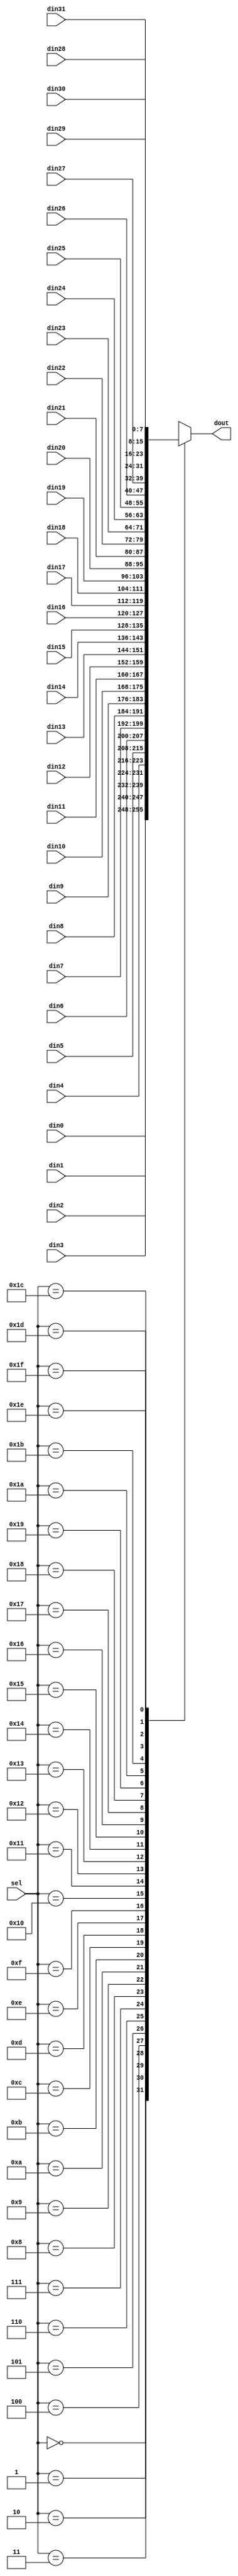
module mux_32to1(
	din0,
	din1,
	din2,
	din3,
	din4,
	din5, 
	din6,
	din7,
	din8,
	din9,
	din10,
	din11,
	din12,
	din13,
	din14,
	din15,
	din16,
	din17,
	din18,
	din19,
	din20,
	din21, 
	din22,
	din23,
	din24,
	din25,
	din26,
	din27,
	din28,
	din29,
	din30,
	din31,
	sel,
	dout
);

parameter N = 8;

input 	[N-1:0]		din0;
input 	[N-1:0]		din1;
input 	[N-1:0]		din2;
input 	[N-1:0]		din3;
input 	[N-1:0]		din4;
input 	[N-1:0]		din5;
input 	[N-1:0]		din6;
input 	[N-1:0]		din7;
input 	[N-1:0]		din8;
input 	[N-1:0]		din9;
input 	[N-1:0]		din10;
input 	[N-1:0]		din11;
input 	[N-1:0]		din12;
input 	[N-1:0]		din13;
input 	[N-1:0]		din14;
input 	[N-1:0]		din15;
input 	[N-1:0]		din16;
input 	[N-1:0]		din17;
input 	[N-1:0]		din18;
input 	[N-1:0]		din19;
input 	[N-1:0]		din20;
input 	[N-1:0]		din21;
input 	[N-1:0]		din22;
input 	[N-1:0]		din23;
input 	[N-1:0]		din24;
input 	[N-1:0]		din25;
input 	[N-1:0]		din26;
input 	[N-1:0]		din27;
input 	[N-1:0]		din28;
input 	[N-1:0]		din29;
input 	[N-1:0]		din30;
input 	[N-1:0]		din31;


input	[4:0]		sel;

output	[N-1:0]		dout;

reg		[N-1:0]		reg_dout;

always @(*)
	begin
		case(sel)
			5'd0:
			begin
				reg_dout = din0;
			end

			5'd1:
			begin
				reg_dout = din1;
			end

			5'd2:
			begin
				reg_dout = din2;
			end

			5'd3:
			begin
				reg_dout = din3;
			end

			5'd4:
			begin
				reg_dout = din4;
			end

			5'd5:
			begin
				reg_dout = din5;
			end

			5'd6:
			begin
				reg_dout = din6;
			end

			5'd7:
			begin
				reg_dout = din7;
			end

			5'd8:
			begin
				reg_dout = din8;
			end

			5'd9:
			begin
				reg_dout = din9;
			end

			5'd10:
			begin
				reg_dout = din10;
			end

			5'd11:
			begin
				reg_dout = din11;
			end

			5'd12:
			begin
				reg_dout = din12;
			end

			5'd13:
			begin
				reg_dout = din13;
			end

			5'd14:
			begin
				reg_dout = din14;
			end

			5'd15:
			begin
				reg_dout = din15;
			end

			5'd16:
			begin
				reg_dout = din16;
			end

			5'd17:
			begin
				reg_dout = din17;
			end

			5'd18:
			begin
				reg_dout = din18;
			end

			5'd19:
			begin
				reg_dout = din19;
			end

			5'd20:
			begin
				reg_dout = din20;
			end

			5'd21:
			begin
				reg_dout = din21;
			end

			5'd22:
			begin
				reg_dout = din22;
			end

			5'd23:
			begin
				reg_dout = din23;
			end

			5'd24:
			begin
				reg_dout = din24;
			end

			5'd25:
			begin
				reg_dout = din25;
			end

			5'd26:
			begin
				reg_dout = din26;
			end

			5'd27:
			begin
				reg_dout = din27;
			end

			5'd28:
			begin
				reg_dout = din28;
			end

			5'd29:
			begin
				reg_dout = din29;
			end

			5'd30:
			begin
				reg_dout = din30;
			end

			5'd31:
			begin
				reg_dout = din31;
			end

			default:
			begin
			 	reg_dout = din0;
			 end
		endcase
	end


assign dout = reg_dout;

endmodule